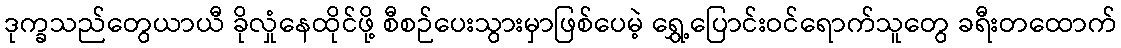
ဒုက္ခသည်တွေယာယီ ခိုလှုံနေထိုင်ဖို့ စီစဉ်ပေးသွားမှာဖြစ်ပေမဲ့ ရွှေ့ပြောင်းဝင်ရောက်သူတွေ ခရီးတထောက်